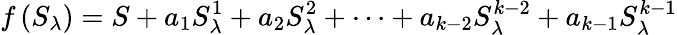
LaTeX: f\left({{S}_{{\lambda}}}\right)=S+{{a}_{1}}S_{{\lambda}}^{1}+{{a}_{2}}S_{{\lambda}}^{2}+\cdots+{{a}_{k-2}}S_{{\lambda}}^{k-2}+{{a}_{k-1}}S_{{\lambda}}^{k-1}